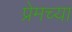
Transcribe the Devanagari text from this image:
प्रेमच्या